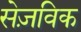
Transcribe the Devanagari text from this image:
सेज़विक